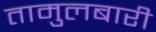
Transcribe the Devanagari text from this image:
तामुलबारी